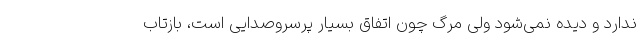
ندارد و دیده نمی‌شود ولی مرگ چون اتفاق بسیار پرسروصدایی است، بازتاب